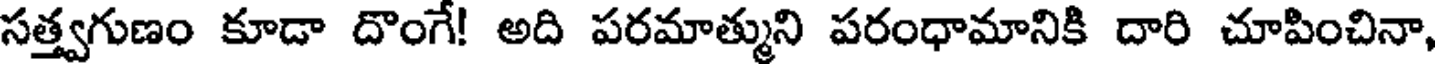
సత్త్వగుణం కూడా దొంగే! అది పరమాత్ముని పరంధామానికి దారి చూపించినా,